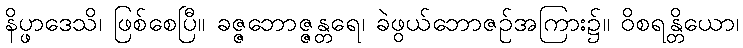
နိပ္ဖာဒေသိ၊ ဖြစ်စေပြီ။ ခဇ္ဇဘောဇ္ဇန္တရေ၊ ခဲဖွယ်ဘောဇဉ်အကြား၌။ ဝိစရန္တိယော၊